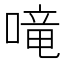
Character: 𠺠